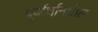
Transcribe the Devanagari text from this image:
पूर्वार्धामधील